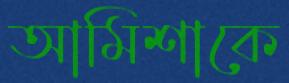
আমিশাকে